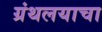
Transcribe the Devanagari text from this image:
ग्रंथलयाचा